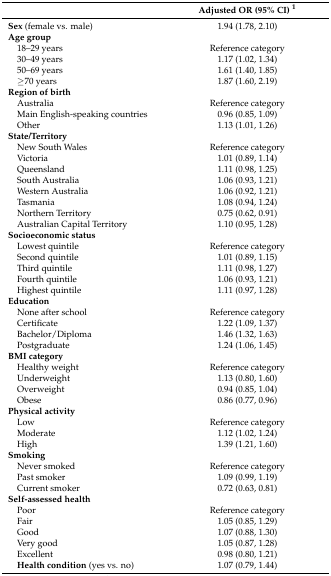
<table><thead><tr><td></td><td><b>Adjusted OR (95% CI) <sup>1</sup></b></td></tr></thead><tbody><tr><td><b>Sex</b> (female vs. male)</td><td>1.94 (1.78, 2.10)</td></tr><tr><td><b>Age group</b></td><td></td></tr><tr><td> 18–29 years</td><td>Reference category</td></tr><tr><td> 30–49 years</td><td>1.17 (1.02, 1.34)</td></tr><tr><td> 50–69 years</td><td>1.61 (1.40, 1.85)</td></tr><tr><td> ≥70 years</td><td>1.87 (1.60, 2.19)</td></tr><tr><td><b>Region of birth</b></td><td></td></tr><tr><td> Australia</td><td>Reference category</td></tr><tr><td> Main English-speaking countries</td><td>0.96 (0.85, 1.09)</td></tr><tr><td> Other</td><td>1.13 (1.01, 1.26)</td></tr><tr><td><b>State/Territory</b></td><td></td></tr><tr><td> New South Wales</td><td>Reference category</td></tr><tr><td> Victoria</td><td>1.01 (0.89, 1.14)</td></tr><tr><td> Queensland</td><td>1.11 (0.98, 1.25)</td></tr><tr><td> South Australia</td><td>1.06 (0.93, 1.21)</td></tr><tr><td> Western Australia</td><td>1.06 (0.92, 1.21)</td></tr><tr><td> Tasmania</td><td>1.08 (0.94, 1.24)</td></tr><tr><td> Northern Territory</td><td>0.75 (0.62, 0.91)</td></tr><tr><td> Australian Capital Territory</td><td>1.10 (0.95, 1.28)</td></tr><tr><td><b>Socioeconomic status</b></td><td></td></tr><tr><td> Lowest quintile</td><td>Reference category</td></tr><tr><td> Second quintile</td><td>1.01 (0.89, 1.15)</td></tr><tr><td> Third quintile</td><td>1.11 (0.98, 1.27)</td></tr><tr><td> Fourth quintile</td><td>1.06 (0.93, 1.21)</td></tr><tr><td> Highest quintile</td><td>1.11 (0.97, 1.28)</td></tr><tr><td><b>Education</b></td><td></td></tr><tr><td> None after school</td><td>Reference category</td></tr><tr><td> Certificate</td><td>1.22 (1.09, 1.37)</td></tr><tr><td> Bachelor/Diploma</td><td>1.46 (1.32, 1.63)</td></tr><tr><td> Postgraduate</td><td>1.24 (1.06, 1.45)</td></tr><tr><td><b>BMI category</b></td><td></td></tr><tr><td> Healthy weight</td><td>Reference category</td></tr><tr><td> Underweight</td><td>1.13 (0.80, 1.60)</td></tr><tr><td> Overweight</td><td>0.94 (0.85, 1.04)</td></tr><tr><td> Obese</td><td>0.86 (0.77, 0.96)</td></tr><tr><td><b>Physical activity</b></td><td></td></tr><tr><td> Low</td><td>Reference category</td></tr><tr><td> Moderate</td><td>1.12 (1.02, 1.24)</td></tr><tr><td> High</td><td>1.39 (1.21, 1.60)</td></tr><tr><td><b>Smoking</b></td><td></td></tr><tr><td> Never smoked</td><td>Reference category</td></tr><tr><td> Past smoker</td><td>1.09 (0.99, 1.19)</td></tr><tr><td> Current smoker</td><td>0.72 (0.63, 0.81)</td></tr><tr><td><b>Self-assessed health</b></td><td></td></tr><tr><td> Poor</td><td>Reference category</td></tr><tr><td> Fair</td><td>1.05 (0.85, 1.29)</td></tr><tr><td> Good</td><td>1.07 (0.88, 1.30)</td></tr><tr><td> Very good</td><td>1.05 (0.87, 1.28)</td></tr><tr><td> Excellent</td><td>0.98 (0.80, 1.21)</td></tr><tr><td> <b>Health condition</b> (yes vs. no)</td><td>1.07 (0.79, 1.44)</td></tr></tbody></table>